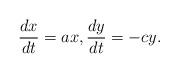
LaTeX: \begin{align*}\frac{dx}{dt} =ax,\frac{dy}{dt} = -cy.\end{align*}